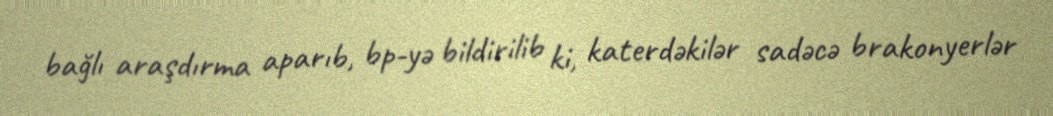
bağlı araşdırma aparıb, bp-yə bildirilib ki, katerdəkilər sadəcə brakonyerlər